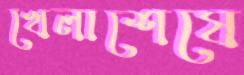
খেলাশেষে